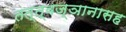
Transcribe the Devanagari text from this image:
तत्त्वज्ञानासह